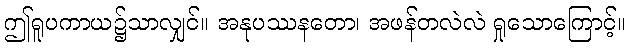
ဤရူပကာယ၌သာလျှင်။ အနုပဿနတော၊ အဖန်တလဲလဲ ရှုသောကြောင့်။